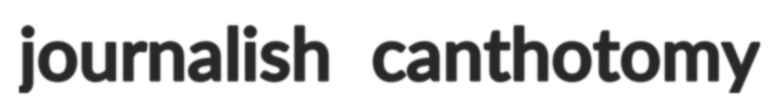
journalish canthotomy